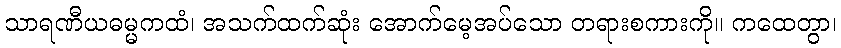
သာရဏီယဓမ္မကထံ၊ အသက်ထက်ဆုံး အောက်မေ့အပ်သော တရားစကားကို။ ကထေတွာ၊